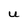
Character: U